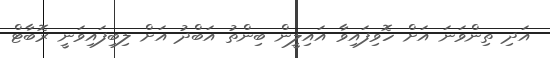
އަދި ތިންވަނަ އަށް ހޮވިފައިވާ އައިލީން ބިންތު އަބްދު އަށް ލިބިފައިވަނީ ރޮބާޓް